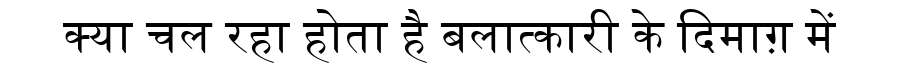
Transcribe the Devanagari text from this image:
क्या चल रहा होता है बलात्कारी के दिमाग़ में